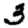
Digit: 3